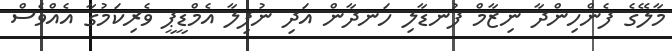
މާލޭގެ ފެންހިންދާ ނިޒާމް ފުނޑާލި ހަނދާން އަދި ނުފިލާ އެމްޑީޕީ ވެރިކަމުގާ އެއްވެސް